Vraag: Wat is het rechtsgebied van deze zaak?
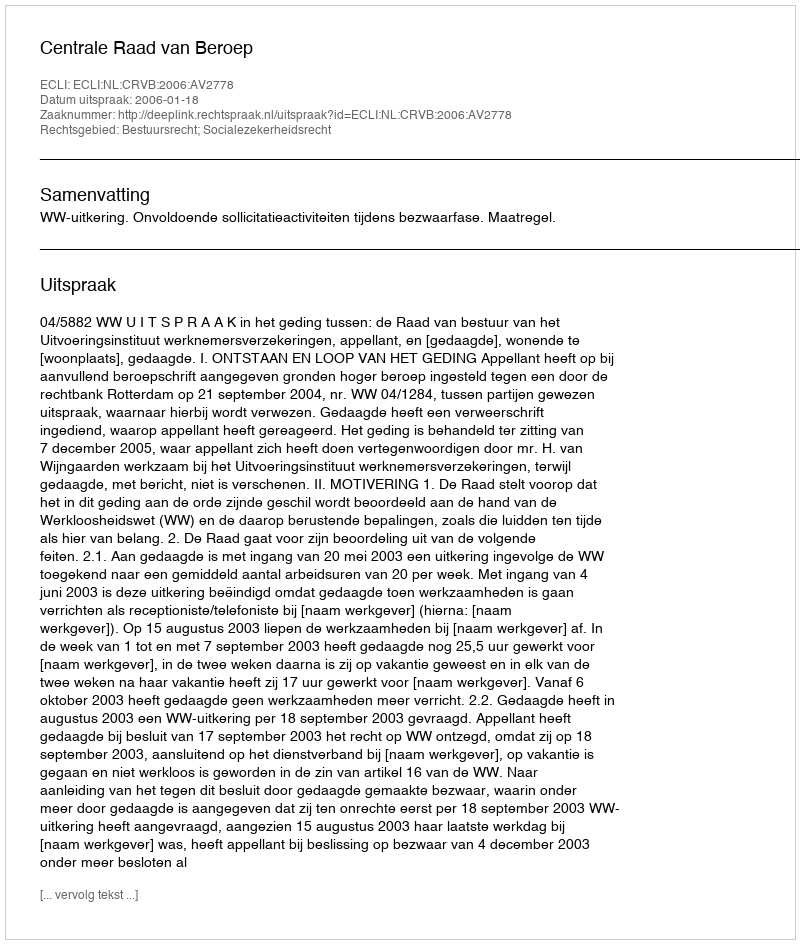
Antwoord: Bestuursrecht; Socialezekerheidsrecht